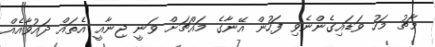
މާޗު މަހު ވަޑައިގެންނެވި ފަހުން އޭނާގެ މައްޗަށް ވަނީ ޖިނާއީ އެތައް ދައުވާއެއް